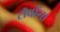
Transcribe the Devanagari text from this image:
टीचींग्स